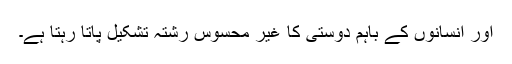
اور انسانوں کے باہم دوستی کا غیر محسوس رشتہ تشکیل پاتا رہتا ہے۔